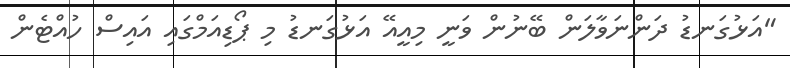
"އަޅުގަނޑު ދަންނަވާލަން ބޭނުން ވަނީ މިއީއޭ އަޅުގަނޑު މި ޕޯޑިއަމްގައި އައިސް ހުއްޓެން